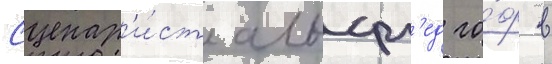
Сценар'и́ст альфр'ед го́ф в